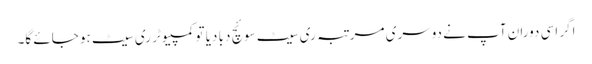
اگر اسی دوران آپ نے دوسری مرتبہ ری سیٹ سوئچ دبا دیا تو کمپیوٹر ری سیٹ ہو جائے گا۔